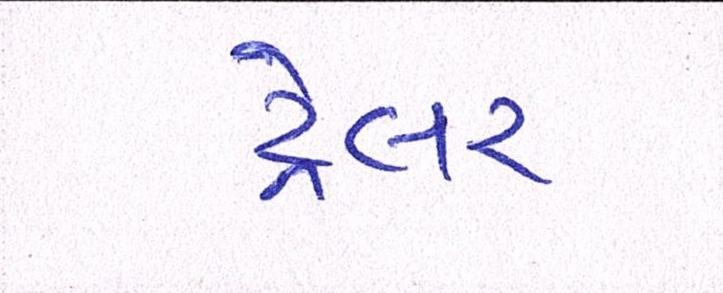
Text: ટ્રેલર